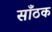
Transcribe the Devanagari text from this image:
साँठक